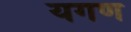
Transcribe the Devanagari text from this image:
यगण